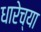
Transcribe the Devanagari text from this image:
धारेच्या